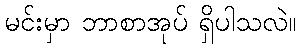
မင်းမှာ ဘာစာအုပ် ရှိပါသလဲ။